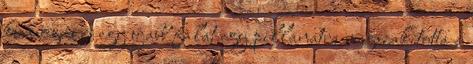
kuncogás és egy újabb falat egy pillanatra megszakította a